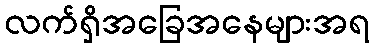
လက်ရှိအခြေအနေများအရ